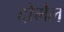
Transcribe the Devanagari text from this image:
दोमेल